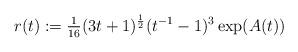
LaTeX: \begin{align*}r(t) := \tfrac{1}{16}(3t+1)^{\frac12}(t^{-1}-1)^3\exp(A(t))\end{align*}